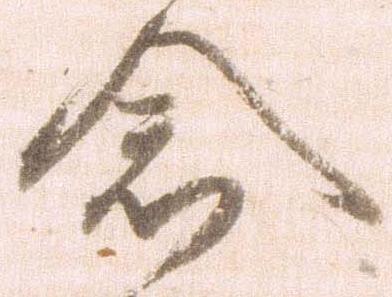
念